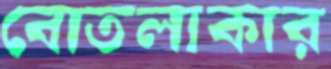
বোতলাকার